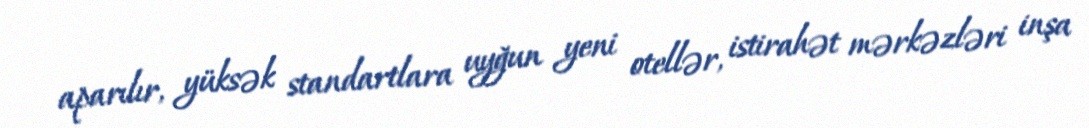
aparılır, yüksək standartlara uyğun yeni otellər, istirahət mərkəzləri inşa